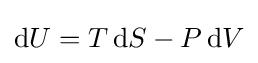
\mathrm {d} U=T\,\mathrm {d} S-P\,\mathrm {d} V